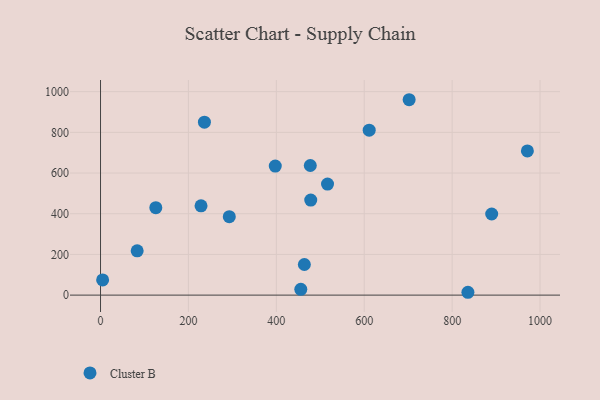
{"axis": {"x": "Speed", "y": "Sales"}, "legend": ["Cluster B"], "data": [{"x": "455.7", "y": 28.5, "type": "Cluster B"}, {"x": "478.3", "y": 467.4, "type": "Cluster B"}, {"x": "516.5", "y": 545.8, "type": "Cluster B"}, {"x": "971.2", "y": 708.7, "type": "Cluster B"}, {"x": "835.9", "y": 14.0, "type": "Cluster B"}, {"x": "890.0", "y": 398.8, "type": "Cluster B"}, {"x": "702.2", "y": 960.4, "type": "Cluster B"}, {"x": "125.8", "y": 429.9, "type": "Cluster B"}, {"x": "397.6", "y": 634.2, "type": "Cluster B"}, {"x": "83.4", "y": 217.7, "type": "Cluster B"}, {"x": "463.8", "y": 150.5, "type": "Cluster B"}, {"x": "611.3", "y": 810.5, "type": "Cluster B"}, {"x": "293.0", "y": 385.4, "type": "Cluster B"}, {"x": "477.3", "y": 637.0, "type": "Cluster B"}, {"x": "228.7", "y": 438.7, "type": "Cluster B"}, {"x": "236.4", "y": 850.2, "type": "Cluster B"}, {"x": "4.8", "y": 74.7, "type": "Cluster B"}]}